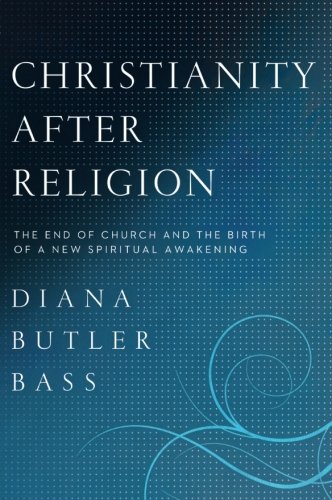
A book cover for Christianity After Religion: The End of Church and the Birth of a New Spiritual Awakening; Diana Butler Bass; Christian Books & Bibles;